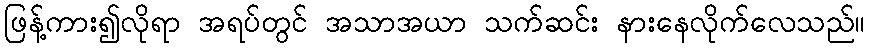
ဖြန့်ကား၍လိုရာ အရပ်တွင် အသာအယာ သက်ဆင်း နားနေလိုက်လေသည်။